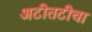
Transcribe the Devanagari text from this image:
अटीतटीचा